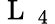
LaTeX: \mathrm{~L~}_{\mathrm{~4~}}